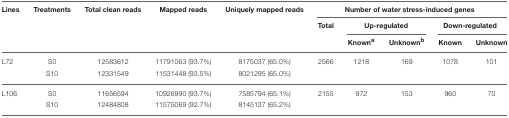
<table><thead><tr><td><b>Lines</b></td><td><b>Treatments</b></td><td><b>Total clean reads</b></td><td><b>Mapped reads</b></td><td><b>Uniquely mapped reads</b></td><td colspan="5"><b>Number of water stress-induced genes</b></td></tr><tr><td></td><td></td><td></td><td></td><td></td><td><b>Total</b></td><td colspan="2"><b>Up-regulated</b></td><td colspan="2"><b>Down-regulated</b></td></tr><tr><td></td><td></td><td></td><td></td><td></td><td></td><td><b>Known<sup>a</sup></b></td><td><b>Unknown<sup>b</sup></b></td><td><b>Known</b></td><td><b>Unknown</b></td></tr></thead><tbody><tr><td>L72</td><td>S0</td><td>12583612</td><td>11791063 (93.7%)</td><td>8175037 (65.0%)</td><td>2566</td><td>1218</td><td>169</td><td>1078</td><td>101</td></tr><tr><td></td><td>S10</td><td>12331549</td><td>11531448 (93.5%)</td><td>8021295 (65.0%)</td><td></td><td></td><td></td><td></td><td></td></tr><tr><td>L106</td><td>S0</td><td>11656594</td><td>10926990 (93.7%)</td><td>7585794 (65.1%)</td><td>2155</td><td>972</td><td>153</td><td>960</td><td>70</td></tr><tr><td></td><td>S10</td><td>12484808</td><td>11575069 (92.7%)</td><td>8145137 (65.2%)</td><td></td><td></td><td></td><td></td><td></td></tr></tbody></table>